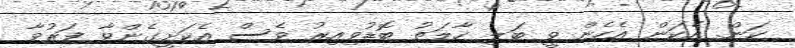
ކަން. އެކަން އެހެން ވީ ބަލި ހާލަތު ބޮޑުވިއިރު ވެސް އެކަށީގެންވާ ފަރުވާ